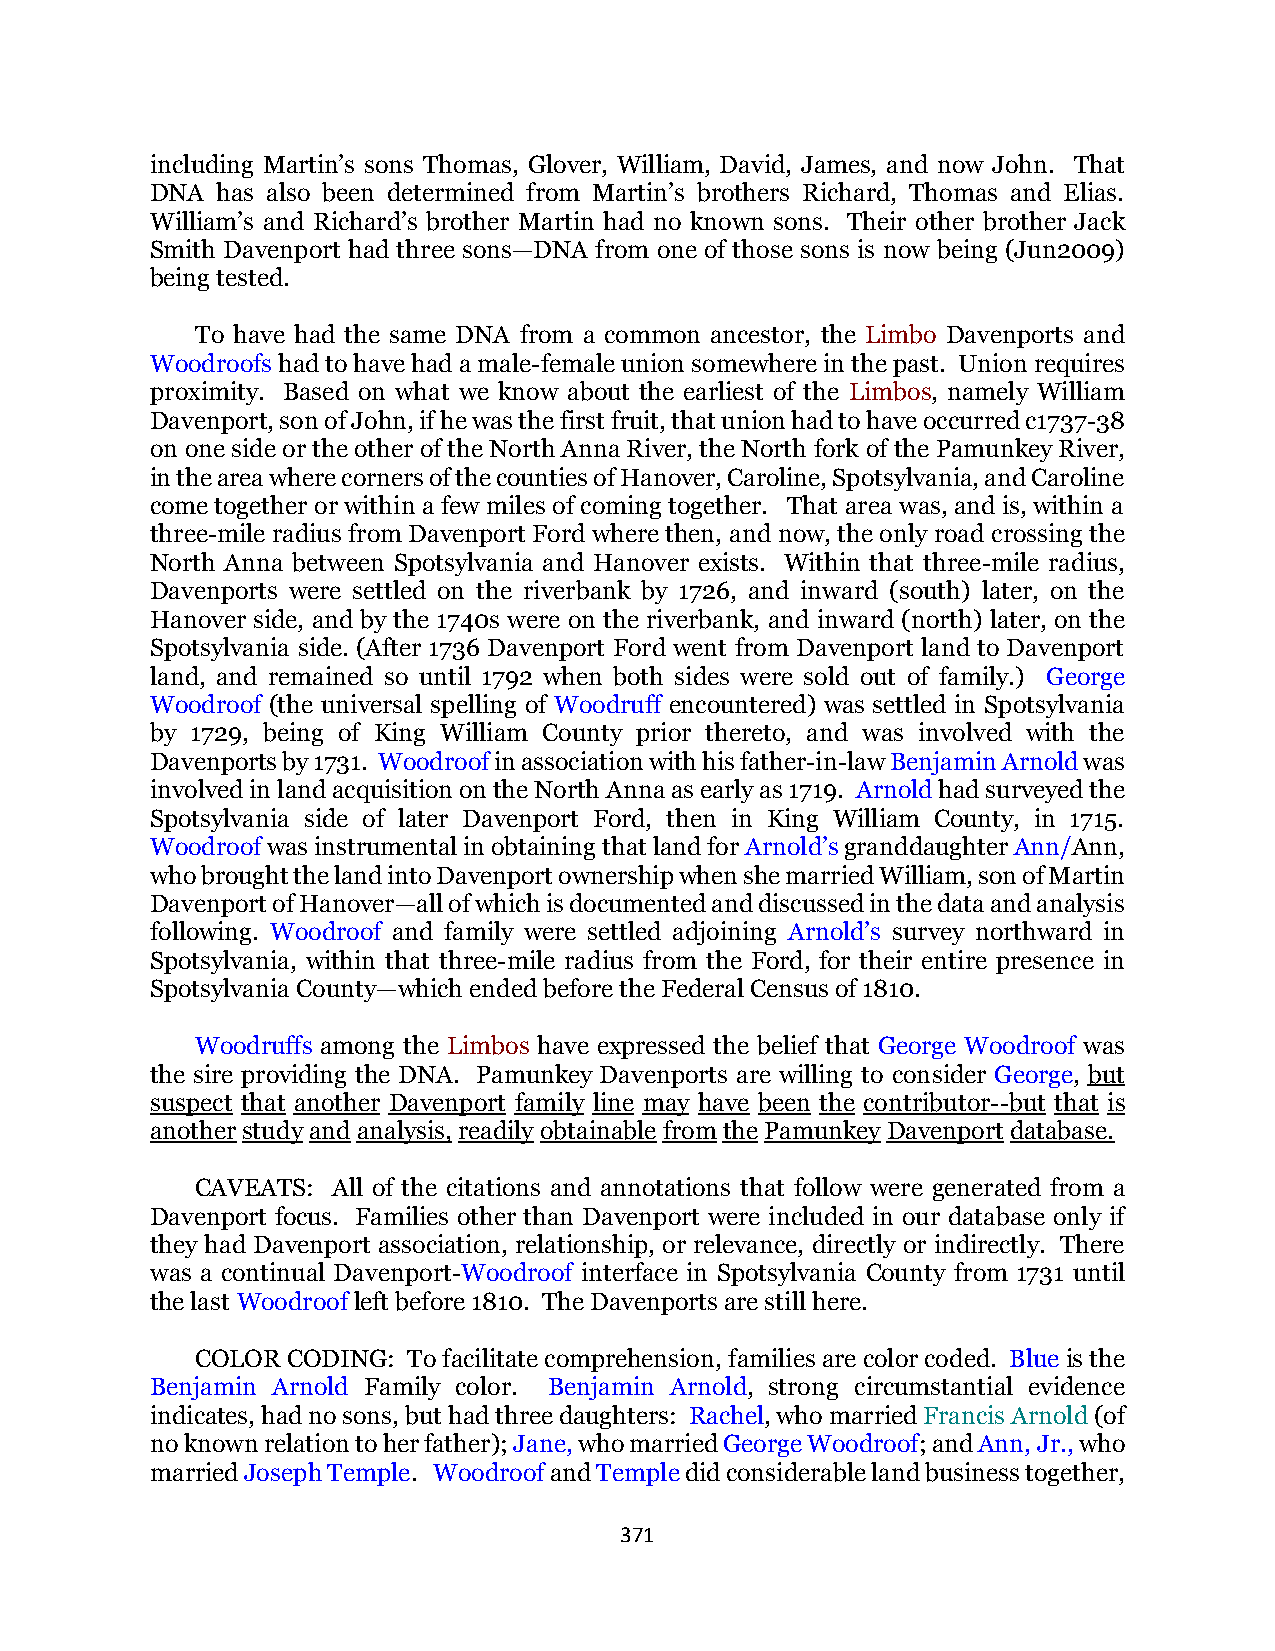
including Martin’s sons Thomas, Glover, William, David, James, and now John. That
 DNA has also been determined from Martin’s brothers Richard, Thomas and Elias.
 William’s and Richard’s brother Martin had no known sons. Their other brother Jack
 Smith Davenport had three sons—DNA from one of those sons is now being (Jun2009)
 being tested.
 To have had the same DNA from a common ancestor, the Limbo Davenports and
 Woodroofs had to have had a male-female union somewhere in the past. Union requires
 proximity. Based on what we know about the earliest of the Limbos, namely William
 Davenport, son of John, if he was the first fruit, that union had to have occurred c1737-38
 on one side or the other of the North Anna River, the North fork of the Pamunkey River,
 in the area where corners of the counties of Hanover, Caroline, Spotsylvania, and Caroline
 come together or within a few miles of coming together. That area was, and is, within a
 three-mile radius from Davenport Ford where then, and now, the only road crossing the
 North Anna between Spotsylvania and Hanover exists. Within that three-mile radius,
 Davenports were settled on the riverbank by 1726, and inward (south) later, on the
 Hanover side, and by the 1740s were on the riverbank, and inward (north) later, on the
 Spotsylvania side. (After 1736 Davenport Ford went from Davenport land to Davenport
 land, and remained so until 1792 when both sides were sold out of family.) George
 Woodroof (the universal spelling of Woodruff encountered) was settled in Spotsylvania
 by 1729, being of King William County prior thereto, and was involved with the
 Davenports by 1731. Woodroof in association with his father-in-law Benjamin Arnold was
 involved in land acquisition on the North Anna as early as 1719. Arnold had surveyed the
 Spotsylvania side of later Davenport Ford, then in King William County, in 1715.
 Woodroof was instrumental in obtaining that land for Arnold’s granddaughter Ann/Ann,
 who brought the land into Davenport ownership when she married William, son of Martin
 Davenport of Hanover—all of which is documented and discussed in the data and analysis
 following. Woodroof and family were settled adjoining Arnold’s survey northward in
 Spotsylvania, within that three-mile radius from the Ford, for their entire presence in
 Spotsylvania County—which ended before the Federal Census of 1810.
 Woodruffs among the Limbos have expressed the belief that George Woodroof was
 the sire providing the DNA. Pamunkey Davenports are willing to consider George, but
 suspect that another Davenport family line may have been the contributor--but that is
 another study and analysis, readily obtainable from the Pamunkey Davenport database.
 CAVEATS: All of the citations and annotations that follow were generated from a
 Davenport focus. Families other than Davenport were included in our database only if
 they had Davenport association, relationship, or relevance, directly or indirectly. There
 was a continual Davenport-Woodroof interface in Spotsylvania County from 1731 until
 the last Woodroof left before 1810. The Davenports are still here.
 COLOR CODING: To facilitate comprehension, families are color coded. Blue is the
 Benjamin Arnold Family color. Benjamin Arnold, strong circumstantial evidence
 indicates, had no sons, but had three daughters: Rachel, who married Francis Arnold (of
 no known relation to her father); Jane, who married George Woodroof; and Ann, Jr., who
 married Joseph Temple. Woodroof and Temple did considerable land business together,
 371